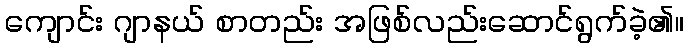
ကျောင်း ဂျာနယ် စာတည်း အဖြစ်လည်းဆောင်ရွက်ခဲ့၏။